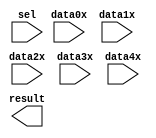
// megafunction wizard: %LPM_MUX%VBB%
// GENERATION: STANDARD
// VERSION: WM1.0
// MODULE: lpm_mux 

// ============================================================
// Megafunction Name(s):
// 			lpm_mux
//
// Simulation Library Files(s):
// 			lpm
// ============================================================
// ************************************************************
// THIS IS A WIZARD-GENERATED FILE. DO NOT EDIT THIS FILE!
//
// 7.2 Build 151 09/26/2007 SJ Full Version
// ************************************************************

//Copyright (C) 1991-2007 Altera Corporation
//Your use of Altera Corporation's design tools, logic functions 
//and other software and tools, and its AMPP partner logic 
//functions, and any output files from any of the foregoing 
//(including device programming or simulation files), and any 
//associated documentation or information are expressly subject 
//to the terms and conditions of the Altera Program License 
//Subscription Agreement, Altera MegaCore Function License 
//Agreement, or other applicable license agreement, including, 
//without limitation, that your use is for the sole purpose of 
//programming logic devices manufactured by Altera and sold by 
//Altera or its authorized distributors.  Please refer to the 
//applicable agreement for further details.

module lpm_mux6 (
	data0x,
	data1x,
	data2x,
	data3x,
	data4x,
	sel,
	result);

	input	[31:0]  data0x;
	input	[31:0]  data1x;
	input	[31:0]  data2x;
	input	[31:0]  data3x;
	input	[31:0]  data4x;
	input	[2:0]  sel;
	output	[31:0]  result;

endmodule

// ============================================================
// CNX file retrieval info
// ============================================================
// Retrieval info: PRIVATE: INTENDED_DEVICE_FAMILY STRING "Cyclone III"
// Retrieval info: PRIVATE: SYNTH_WRAPPER_GEN_POSTFIX STRING "0"
// Retrieval info: CONSTANT: LPM_SIZE NUMERIC "5"
// Retrieval info: CONSTANT: LPM_TYPE STRING "LPM_MUX"
// Retrieval info: CONSTANT: LPM_WIDTH NUMERIC "32"
// Retrieval info: CONSTANT: LPM_WIDTHS NUMERIC "3"
// Retrieval info: USED_PORT: data0x 0 0 32 0 INPUT NODEFVAL data0x[31..0]
// Retrieval info: USED_PORT: data1x 0 0 32 0 INPUT NODEFVAL data1x[31..0]
// Retrieval info: USED_PORT: data2x 0 0 32 0 INPUT NODEFVAL data2x[31..0]
// Retrieval info: USED_PORT: data3x 0 0 32 0 INPUT NODEFVAL data3x[31..0]
// Retrieval info: USED_PORT: data4x 0 0 32 0 INPUT NODEFVAL data4x[31..0]
// Retrieval info: USED_PORT: result 0 0 32 0 OUTPUT NODEFVAL result[31..0]
// Retrieval info: USED_PORT: sel 0 0 3 0 INPUT NODEFVAL sel[2..0]
// Retrieval info: CONNECT: result 0 0 32 0 @result 0 0 32 0
// Retrieval info: CONNECT: @data 0 0 32 128 data4x 0 0 32 0
// Retrieval info: CONNECT: @data 0 0 32 96 data3x 0 0 32 0
// Retrieval info: CONNECT: @data 0 0 32 64 data2x 0 0 32 0
// Retrieval info: CONNECT: @data 0 0 32 32 data1x 0 0 32 0
// Retrieval info: CONNECT: @data 0 0 32 0 data0x 0 0 32 0
// Retrieval info: CONNECT: @sel 0 0 3 0 sel 0 0 3 0
// Retrieval info: LIBRARY: lpm lpm.lpm_components.all
// Retrieval info: GEN_FILE: TYPE_NORMAL lpm_mux6.v TRUE
// Retrieval info: GEN_FILE: TYPE_NORMAL lpm_mux6.inc FALSE
// Retrieval info: GEN_FILE: TYPE_NORMAL lpm_mux6.cmp FALSE
// Retrieval info: GEN_FILE: TYPE_NORMAL lpm_mux6.bsf TRUE
// Retrieval info: GEN_FILE: TYPE_NORMAL lpm_mux6_inst.v TRUE
// Retrieval info: GEN_FILE: TYPE_NORMAL lpm_mux6_bb.v TRUE
// Retrieval info: LIB_FILE: lpm